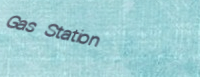
Gas Station